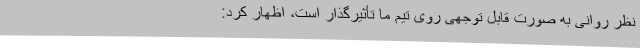
نظر روانی به صورت قابل توجهی روی تیم ما تأثیرگذار است، اظهار کرد: